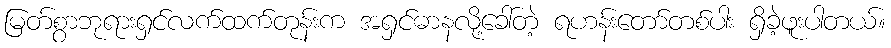
မြတ်စွာဘုရားရှင်လက်ထက်တုန်းက အရှင်ဓာနလို့ခေါ်တဲ့ ရဟန်းတော်တစ်ပါး ရှိခဲ့ဖူးပါတယ်။